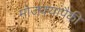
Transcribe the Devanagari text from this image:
मोजक्यांपैकी